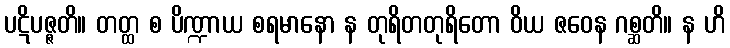
ပဋိပဇ္ဇတိ။ တတ္ထ စ ပိဏ္ဍာယ စရမာနော န တုရိတတုရိတော ဝိယ ဇဝေန ဂစ္ဆတိ။ န ဟိ